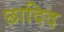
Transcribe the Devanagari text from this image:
छादिद